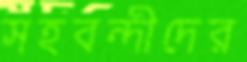
সহবন্দীদের